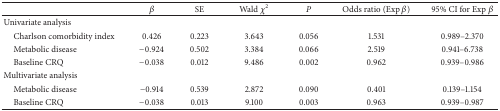
|  | β | SE | Wald χ2 | P | Odds ratio (Exp β) | 95% CI for Exp β |
 | --- | --- | --- | --- | --- | --- | --- |
 | Univariate analysis |  |  |  |  |  |  |
 | Charlson comorbidity index | 0.426 | 0.223 | 3.643 | 0.056 | 1.531 | 0.989–2.370 |
 | Metabolic disease | −0.924 | 0.502 | 3.384 | 0.066 | 2.519 | 0.941–6.738 |
 | Baseline CRQ | −0.038 | 0.012 | 9.486 | 0.002 | 0.962 | 0.939–0.986 |
 | Multivariate analysis |  |  |  |  |  |  |
 | Metabolic disease | −0.914 | 0.539 | 2.872 | 0.090 | 0.401 | 0.139–1.154 |
 | Baseline CRQ | −0.038 | 0.013 | 9.100 | 0.003 | 0.963 | 0.939–0.987 |